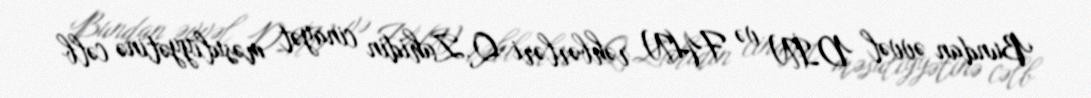
Bundan əvvəl DİN və FHN rəhbərləri Q.Zahidin cinayət məsuliyyətinə cəlb